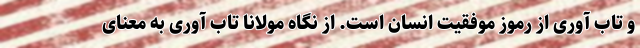
و تاب آوری از رموز موفقیت انسان است. از نگاه مولانا تاب آوری به معنای